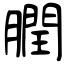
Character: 膶